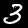
Label: 3